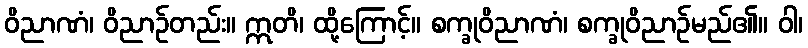
ဝိညာဏံ၊ ဝိညာဉ်တည်း။ ဣတိ၊ ထို့ကြောင့်။ စက္ခုဝိညာဏံ၊ စက္ခုဝိညာဉ်မည်၏။ ဝါ၊